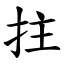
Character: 拄